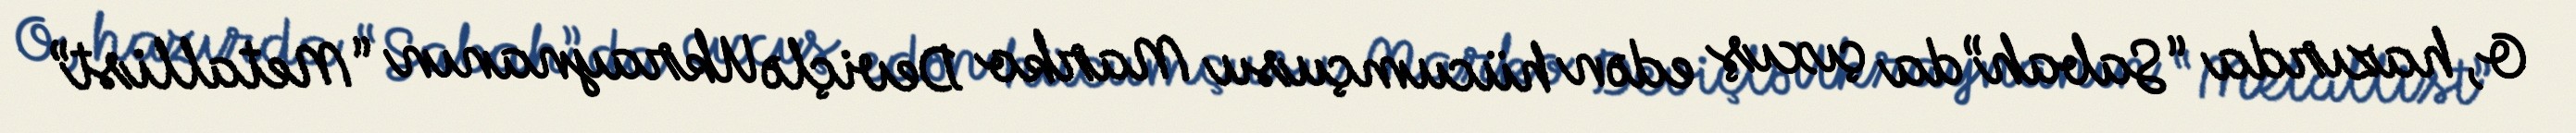
O, hazırda “Sabah”da çıxış edən hücumçusu Marko Deviçlə Ukraynanın “Metallist”